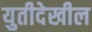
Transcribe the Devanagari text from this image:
युतीदेखील